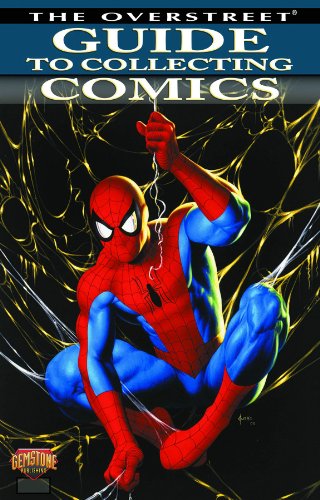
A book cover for Overstreet Guide To Collecting Comics Volume 1 (Confident Collector); Robert M. Overstreet; Comics & Graphic Novels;